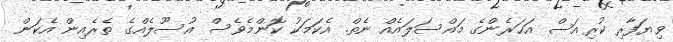
ވިޔަފާރި ކުރިއަސް އަހަރެންގެ މައްސަލައެއް ނެތް. އެކަމަކު ކޮންމެވެސް އުސޫލެއްގެ ތެރެއިން އެކަން